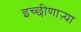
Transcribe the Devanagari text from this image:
इच्छीणाऱ्या